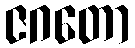
ဇဂတော